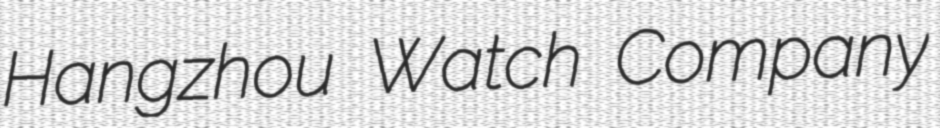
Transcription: Hangzhou Watch Company